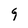
Character: 9